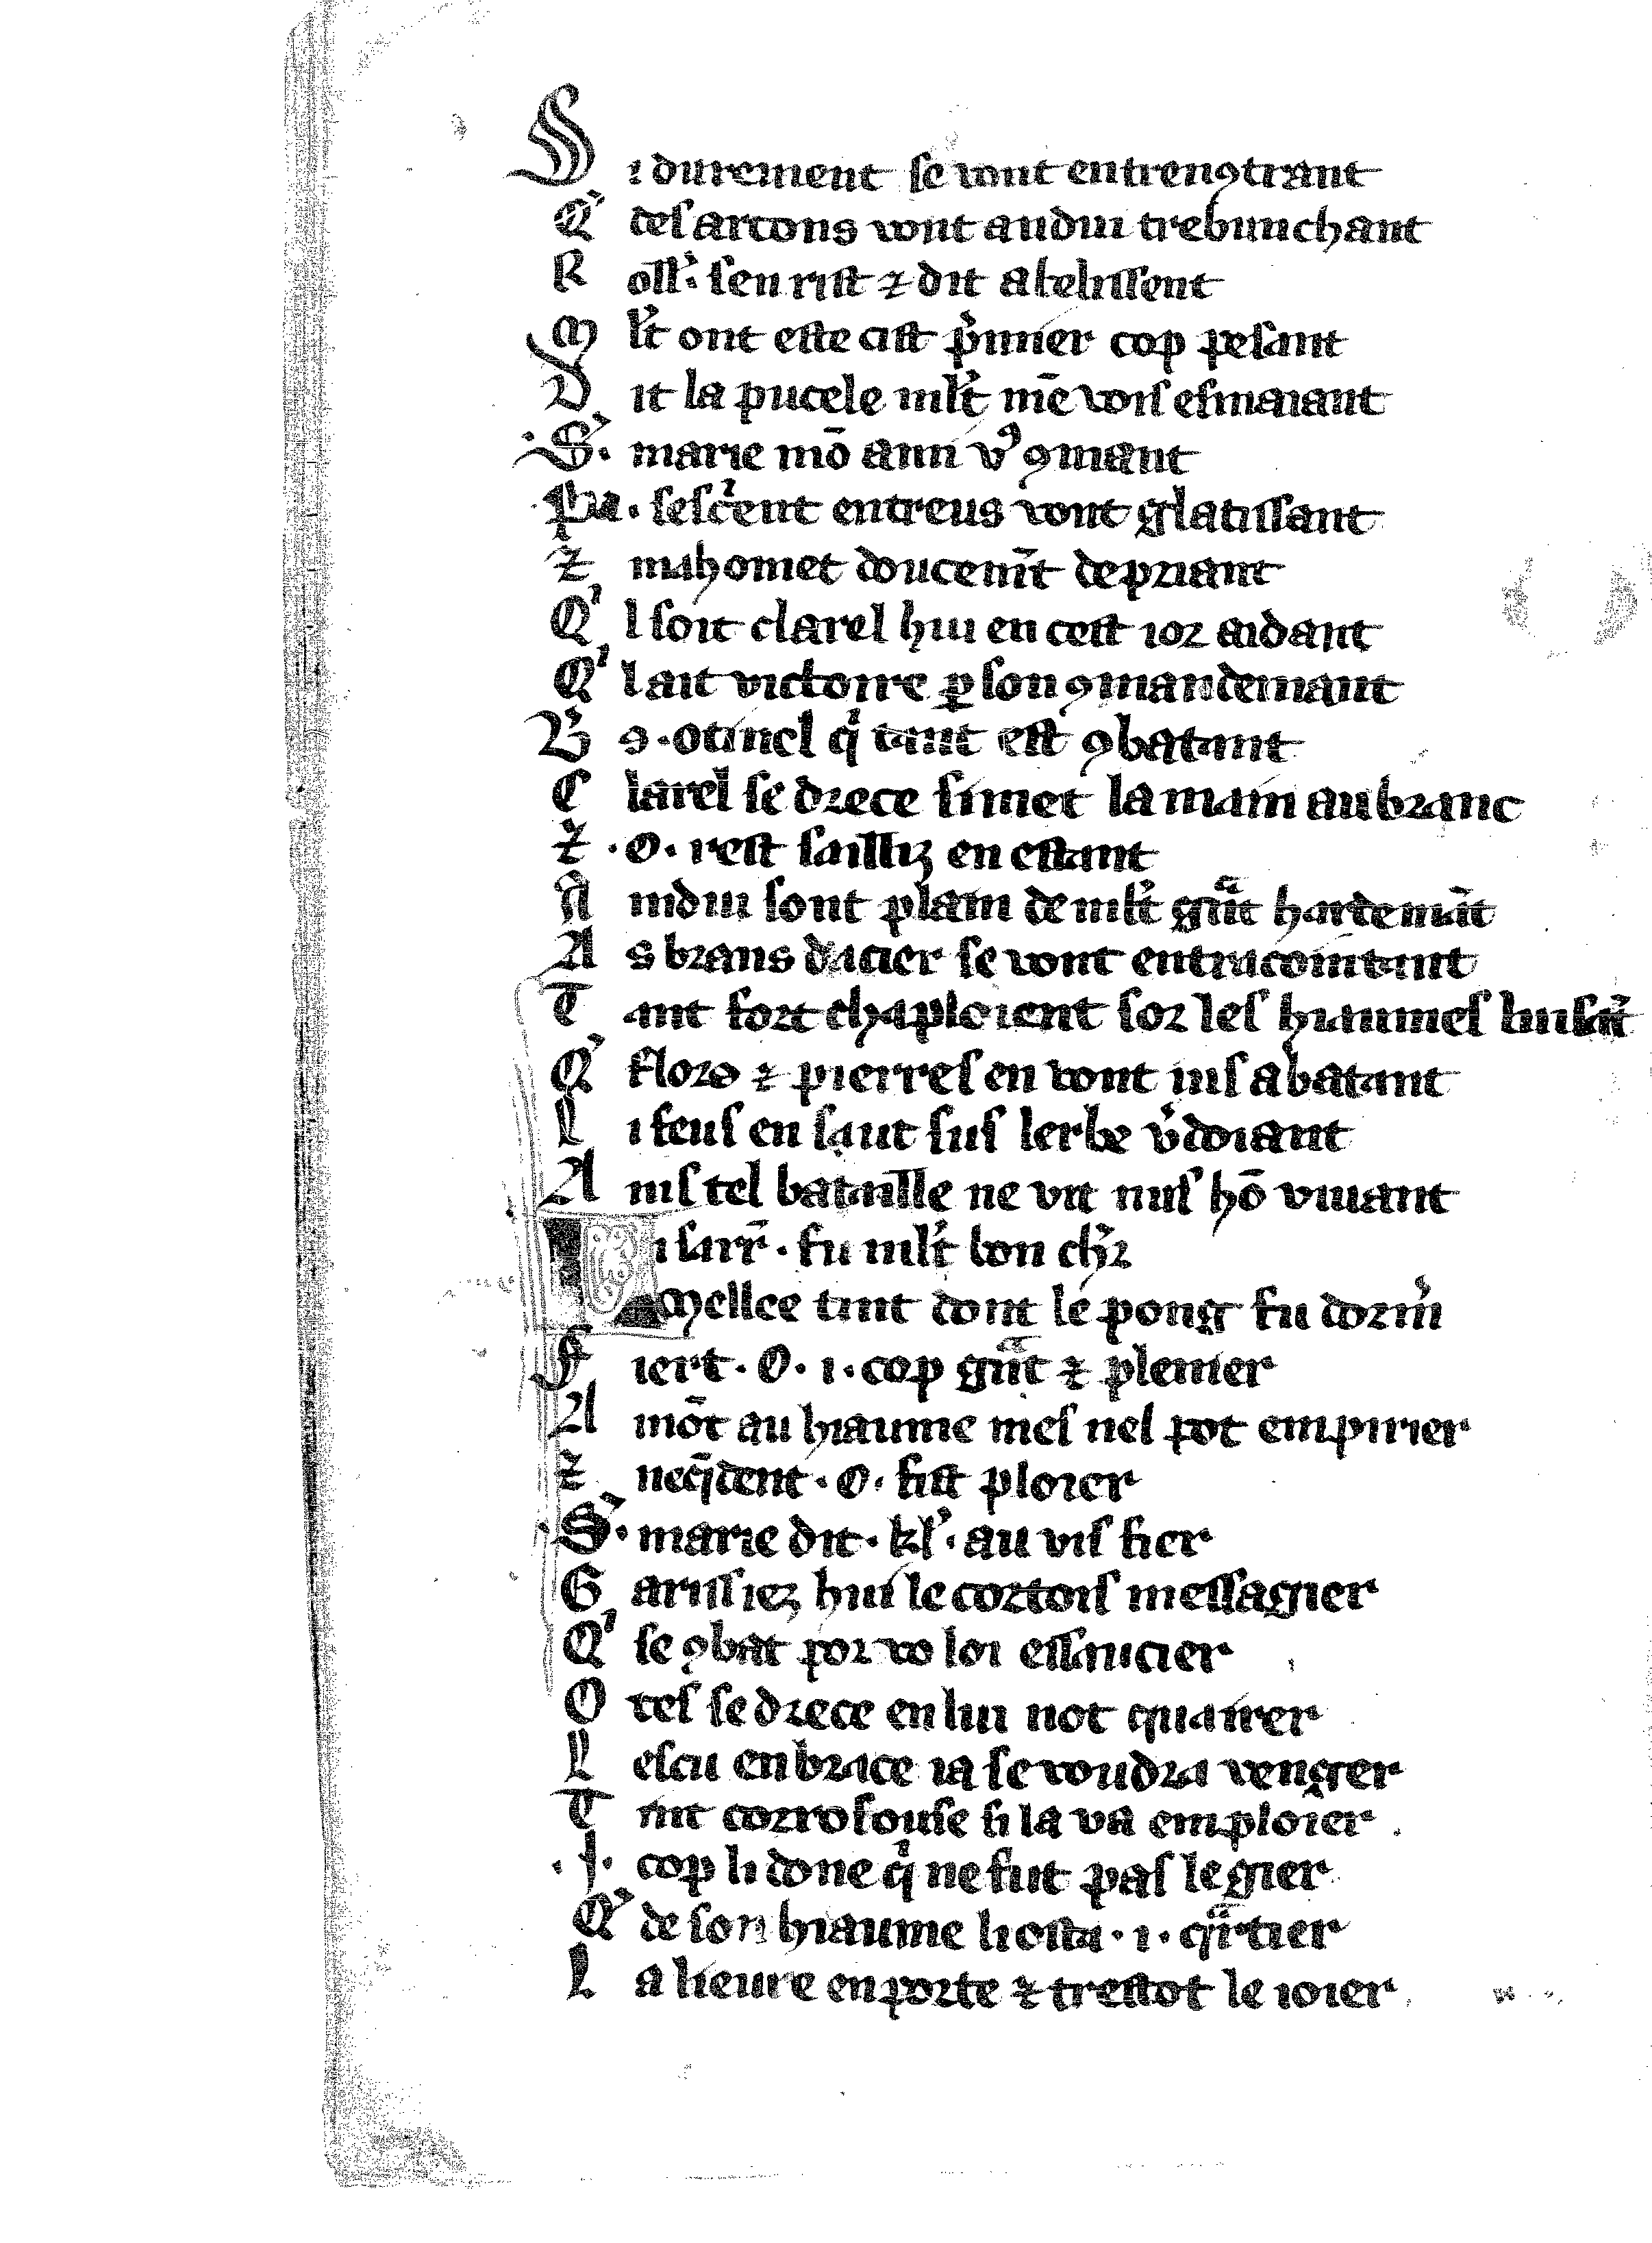
Shelfmark: Vatican, Biblioteca apostolica vaticana, Reg.lat. 1616
Century: 14